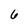
Character: 6